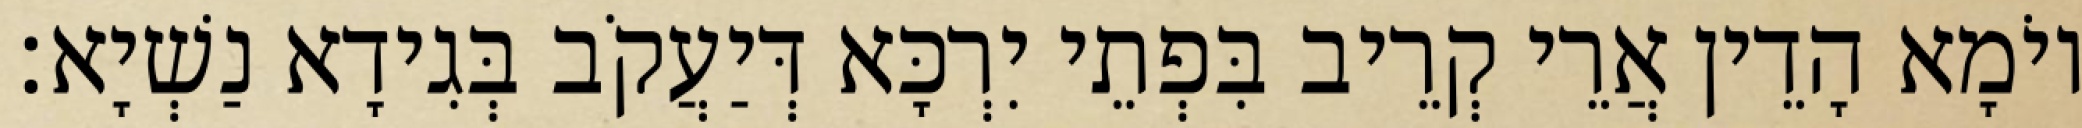
יוֹמָא הָדֵין אֲרֵי קְרֵיב בִּפְתֵי יִרְכָּא דְּיַעֲקֹב בְּגִידָא נַשְׁיָא׃